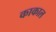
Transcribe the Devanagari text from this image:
काकाल